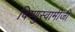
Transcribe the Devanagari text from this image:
विष्णुस्वामीजी